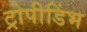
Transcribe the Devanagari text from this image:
ट्रोपीडिंभ